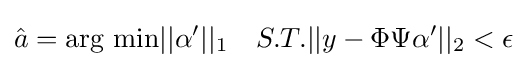
{\hat {a}}={\text{arg min}}||\alpha '||_{1}\quad S.T.||y-\Phi \Psi \alpha '||_{2}<\epsilon